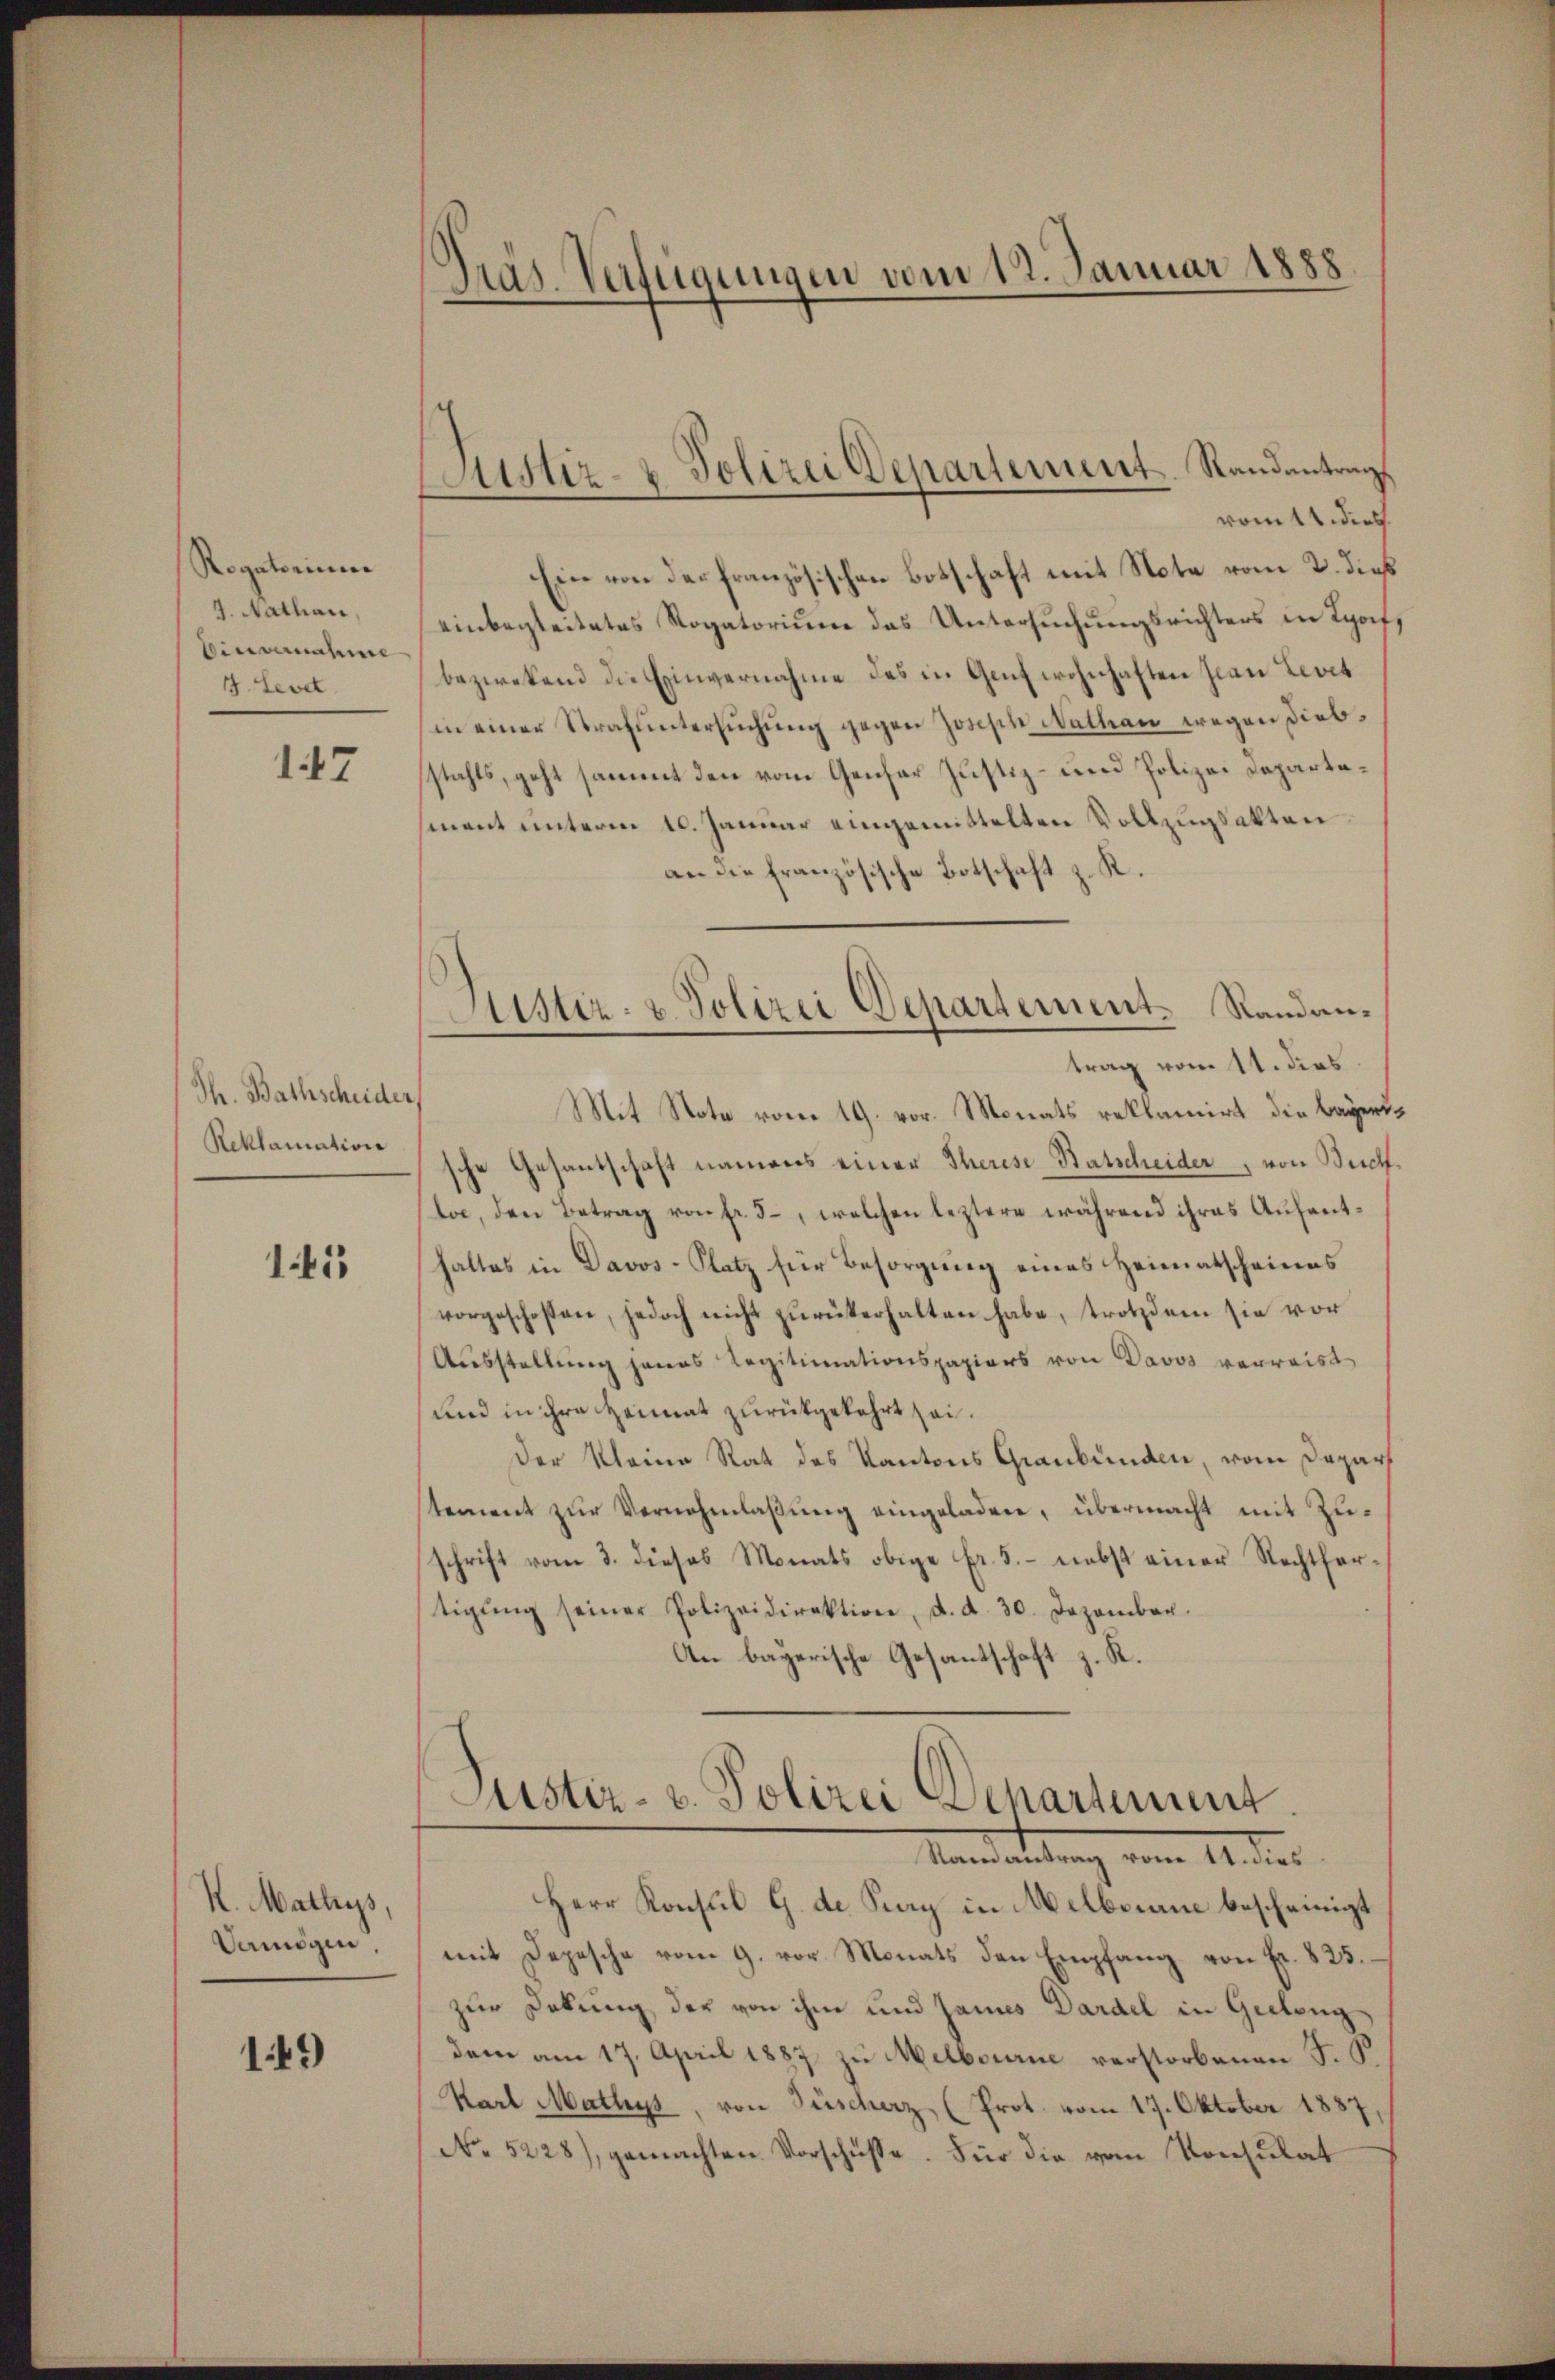
Rogatorium
9. Nathan,
Einvernahme
3. Leve

147

Th. Bathscheider,
Reklamation

145

K. Mathes,
Vermögen

149)

Präs. Verfügungen vom 12. Januar 1888

Justiz- & Polizei Departement. Randantrag

Sistiz- & Polizei Departement. Sandantrag vom 11. dies

vom 14 dies
Ein von der französischen Botschaft mit Note vom 2. dieß
einbegleitetes Rogatorium das Untersuchungsrichters in Lyof,
bezwekend die Einvernahme des in Genf wohnhaften Jean Levit
in einer Strafuntersuchung gegen Josisch Nathan wegen Diebstahls, geht sammt den vom Genfer Justiz- und Polizei Departement unterm 10. Januar eingemittelten Vollzugsakten
R.
an die französische Botschaft
Mit Note vom 19. vor. Monats reklamirt die bayer
sche Gesantschaft namens einer Therese-Batscheider, von Buch
la, den Betrag von fr. 5, welchen leztere während ihres Aufenthaltes in Davos- Platz für Besorgung eines Heimatscheines
vorgeschossen, jedoch nicht zurükerhalten habe, trotzdem sie vor
Ausstellung jenes Legitimationspapiers von Davos verreist
und in ihre Heimat zurükgekehrt sei.
Der Kleine Rat des Kantons Graubünden, vom Depart
tement zur Vernehmlaßung eingeladen, übermacht mit Zuschrift vom 3. dieses Monats obige Fr. 5.- nebst einer Rechtfer-
tigŭng seiner Polizeidirektion, d. d. 30. Dezember.
An bayerische Gesantschaft z. R.

Justiz- u. Polizei Departement.
Samantrag vom 11. dies

Herr Konsul G. de Pay in Melborne bescheinigt
mit Depesche vom 9. vor Monats den Empfang von Fr. 825.
zur Debung der von ihm und James Dardel in Gelang
dem am 17. April 1887 zu Melbourne verstorbenen J. J.
Karl Mathys, von Fischerz (Prot. vom 17. Oktober 1887,
No 5228), gemachten Vorschüsse. Für die vom Konsulat